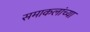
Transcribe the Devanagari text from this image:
समाकलांच्या